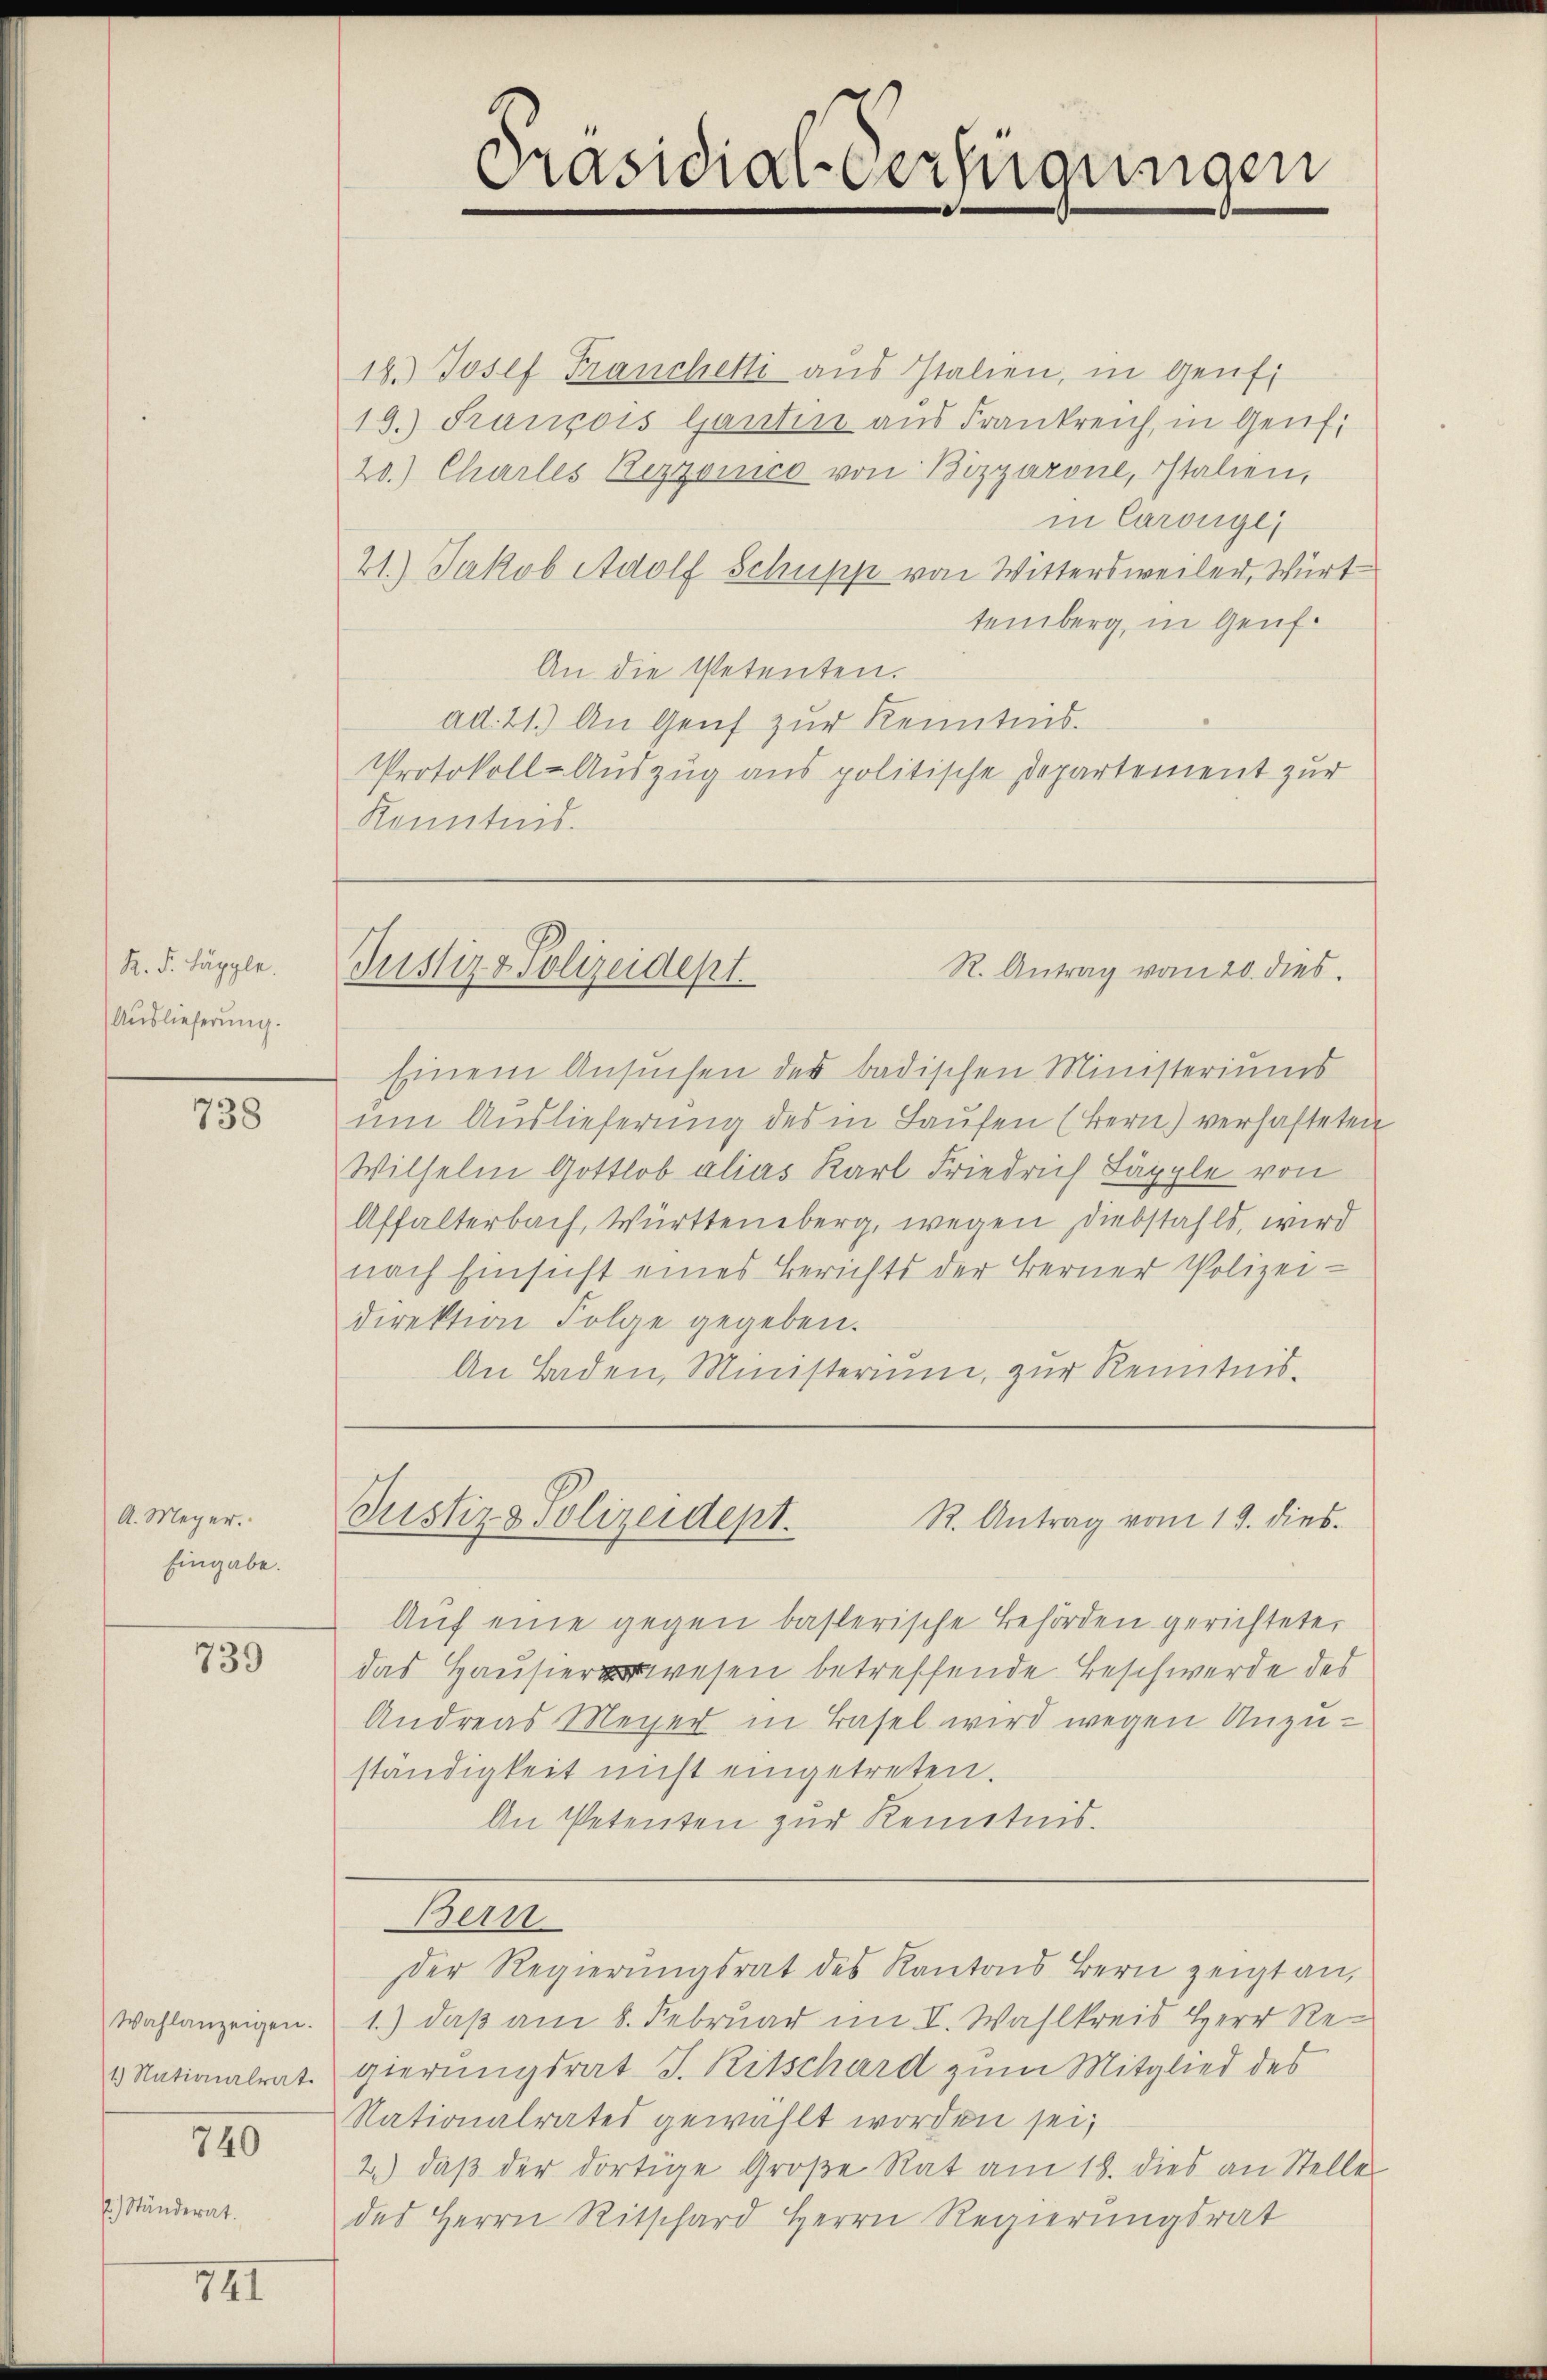
R. F. Käpple.
Auslieferung.

Ständerat.

738

A. Meyer.
Eingabe.

739

Wahlanzeigen.
1.) Nationalrat.

740

741

18.) Josef Franchetti aus Italien, in Genfi
19.) François Gantin aus Frankreich, in Genf,
20.) Charles Rezzonico von Bizzarone, Italien,
in Carouge,
21.) Jakob Adolf Schupp von Wittersweiler, Wirt
temberg, in Genf.
An die Petenten.
ad. 21.) An Genf zur Kenntnis.
Protokoll-Auszug aus politische Departement zur
Konntend.

Präsidial-Verfügungen

R. Antrag vom 20. dies
Justiz & Polizeidept.

Einem Ansuchen der badischen Ministeriums
um Auslieferung des in Laufen (Bern) verhafteten
Wilhelm Gottlob alias Karl Friedrich Läpple von
Affalterbach, Württemberg, wegen Diebstahls, wird
nach Einsicht eines Berichts der Berner Polizei-
direktion Folge gegeben.
An Baden, Ministerium, zur Kenntnis¬

Justiz & Polizeidept.
R. Antrag vom 19. dies

Auf eine gegen basterische Behörden gerichtete,
das Hausierwesen betreffende Beschwerde des
Andreas Meyer in Basel wird wegen Unzu-
ständigkeit nicht eingetreten.
An Petenten zur Kenntnis.
Bern
der Regierŭngsrat des Kantons Bern zeigt an,
1.) daß am 8. Februar im V. Wahlkreis Herr Regierungsrat J. Ritschard zum Mitglied des
Nationalrates gewählt worden sei,
2.) daβ der dortige Große Rat am 18. dies an Stelle
des Herrn Ritschard Herrn Regierungsrat